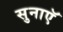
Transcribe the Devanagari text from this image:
सुनाएॅ